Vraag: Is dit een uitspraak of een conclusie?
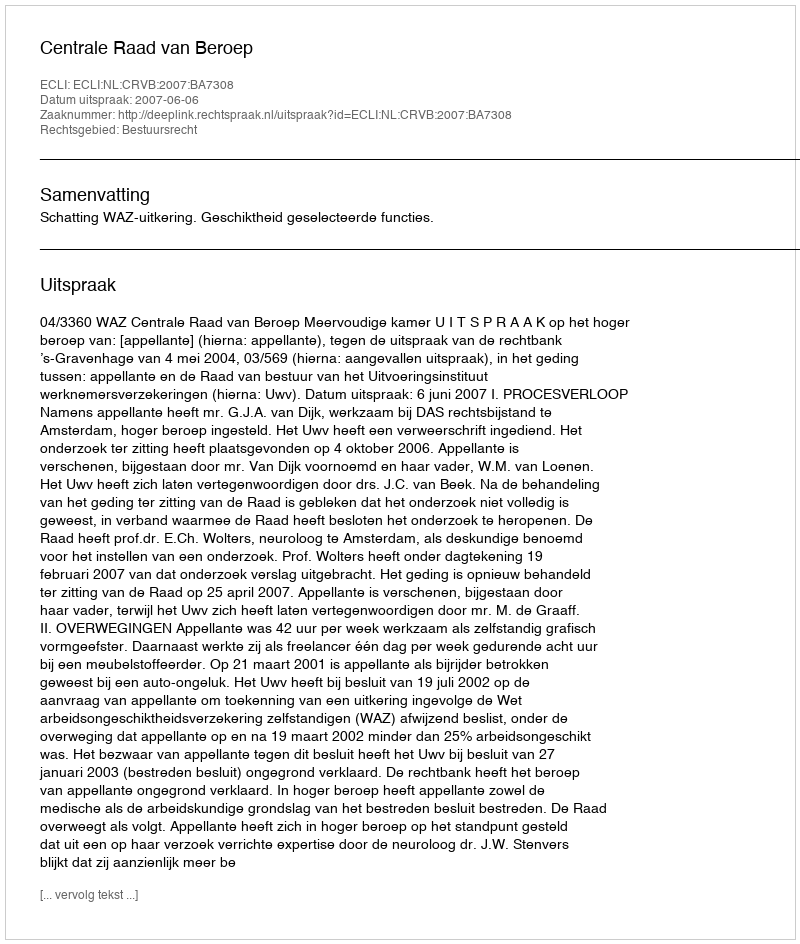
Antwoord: Uitspraak